Riigikantselei, lk 7
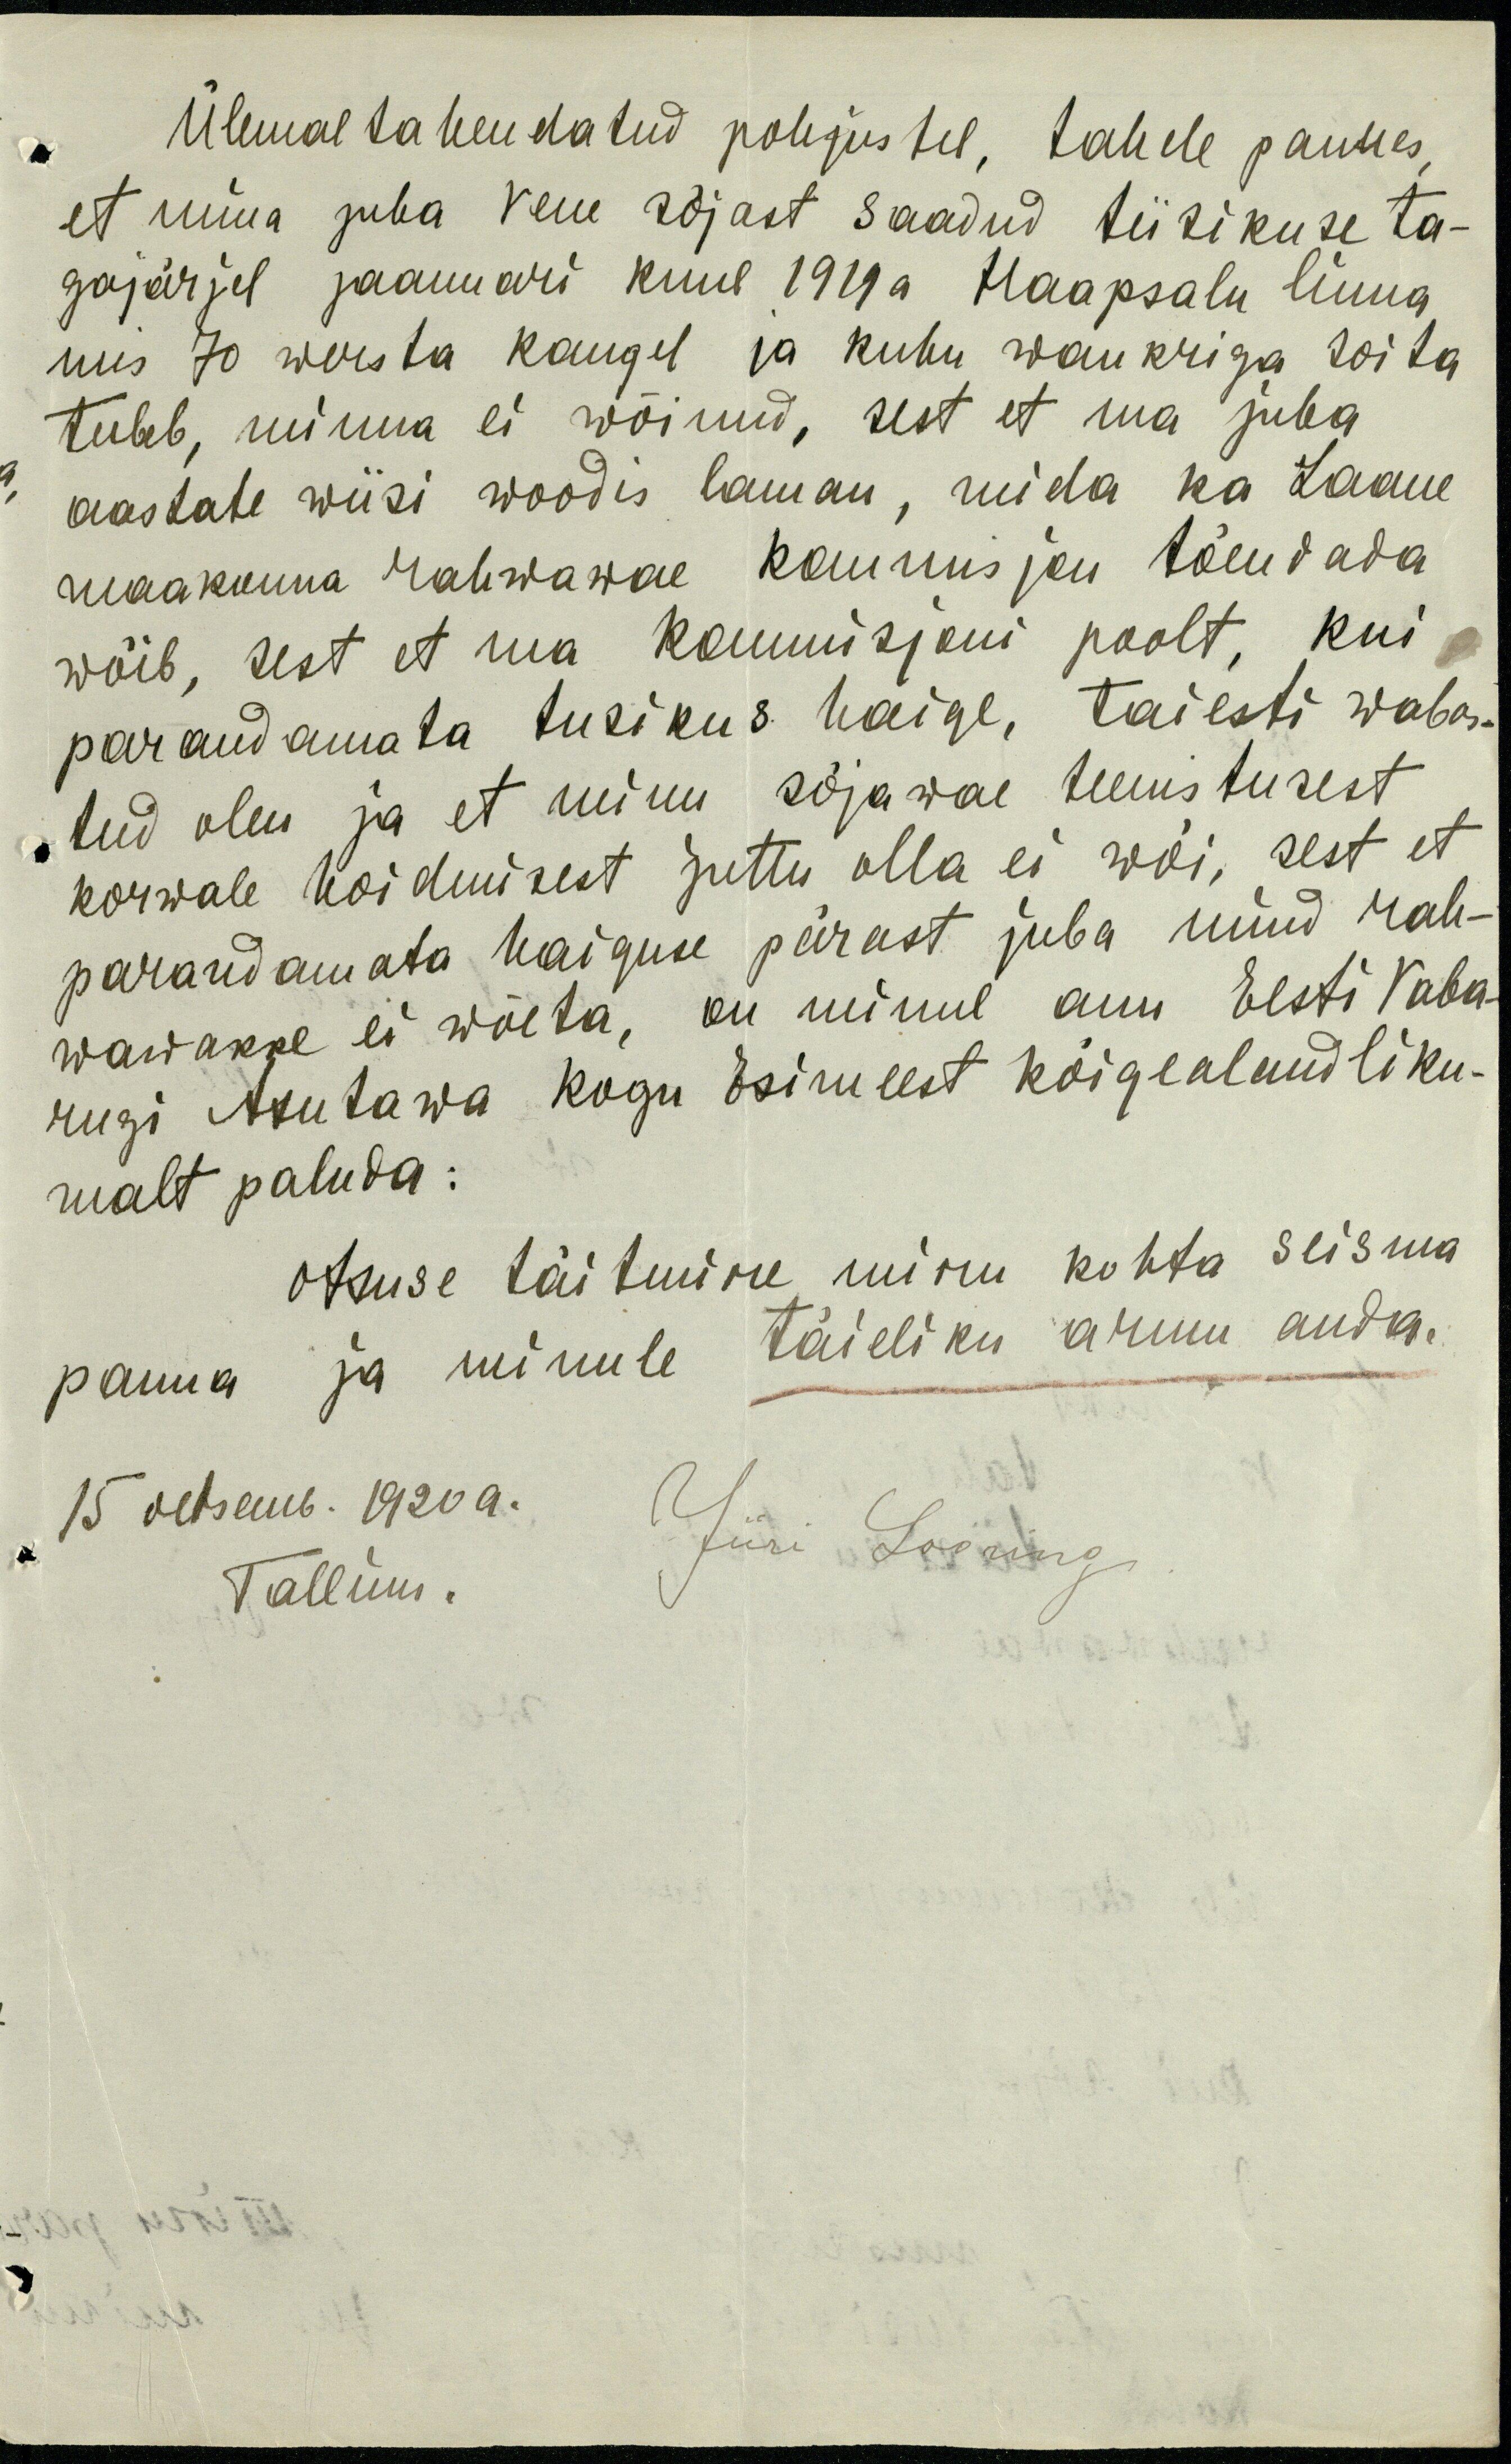
Ülemal tahendatud põhjustel, tahele pannes,
et mina juba vene sõjast saadud tiisikuse ta-
gajärjel jaanuari kuul 1919 a Haapsalu linna
mis 70 wersta kaugel ja kuhu wankriga soita
tuleb, minna ei wõinud, sest et ma juba
aastate wiisi woodis laman, mida ka Laane
maakonna rahwawae komisjon tõendada
wõib, sest et ma kommisjoni poolt, kui
parandamata tiisikus haige, täiesti wabas-
tud olen ja et minu sõjawäe teenistusest
kõrwale hoidmisest juttu olla ei wõi, sest et
parandamata haiguse pärast juba nüüd rah-
wawakke ei wõeta, on minul auu Eesti Vaba-
riigi Asutawa kogu Esimeest kõigealandliku-
malt paluda:
otsuse täitmine, minu kohta seisma
panna ja minule täieliku armu anda.
15 detsemb. 1920 a.
Tallinn.
Jüri Looring